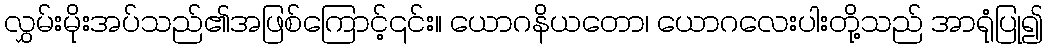
လွှမ်းမိုးအပ်သည်၏အဖြစ်ကြောင့်၎င်း။ ယောဂနိယတော၊ ယောဂလေးပါးတို့သည် အာရုံပြု၍